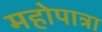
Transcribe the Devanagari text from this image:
महोपात्रा